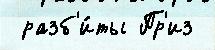
 разб'и́ты Пр'из